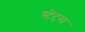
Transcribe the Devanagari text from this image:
स्टेट्‍स